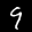
Label: 9